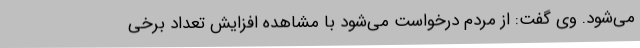
می‌شود. وی گفت: از مردم درخواست می‌شود با مشاهده افزایش تعداد برخی